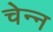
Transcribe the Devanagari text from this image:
चेन्न